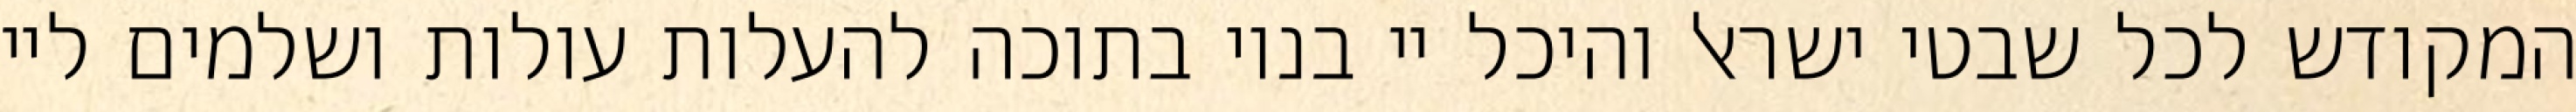
המקודש לכל שבטי ישראל והיכל יי בנוי בתוכה להעלות עולות ושלמים ליי